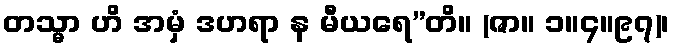
တသ္မာ ဟိ အမှံ ဒဟရာ န မီယရေ”တိ။ (ဇာ။ ၁။၄။၉၇)၊